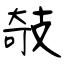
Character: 攲